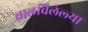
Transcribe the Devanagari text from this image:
चालविलेल्‍या